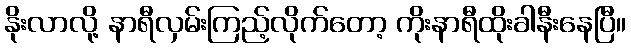
နိုးလာလို့ နာရီလှမ်းကြည့်လိုက်တော့ ကိုးနာရီထိုးခါနီးနေပြီ။